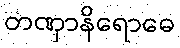
တဏှာနိရောဓေ